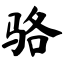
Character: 骆